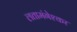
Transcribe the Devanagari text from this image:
लतामंगेश्कर